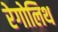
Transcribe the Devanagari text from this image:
रेगोलिथ